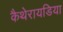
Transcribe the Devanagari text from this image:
कैथेरायडिया